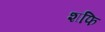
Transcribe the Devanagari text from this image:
शफि